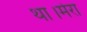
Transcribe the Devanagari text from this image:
था।मेरा